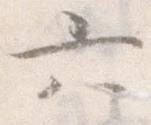
六